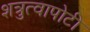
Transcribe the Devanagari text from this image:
शत्रुत्वापोटी